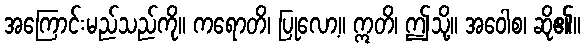
အကြောင်းမည်သည်ကို။ ကရောတိ၊ ပြုလော့။ ဣတိ၊ ဤသို့။ အဝေါစ၊ ဆို၏။